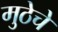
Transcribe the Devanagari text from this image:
मुठेचे